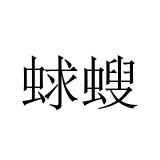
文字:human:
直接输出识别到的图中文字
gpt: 蛷螋